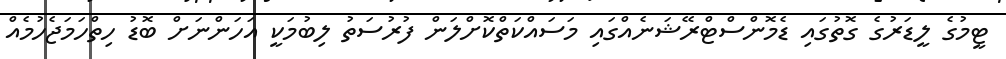
ޓީމުގެ ލީޑަރުގެ ގޮތުގައި ޑެމޮންސްޓްރޭޝަނެއްގައި މަސައްކަތްކޮށްލަން ފުރުސަތު ލިބުމަކީ އަހަންނަށް ބޮޑު ހިތްހަމަޖެހުމެއް